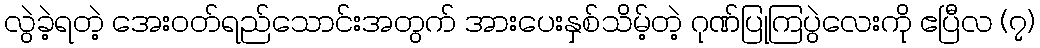
လွဲခဲ့ရတဲ့ အေးဝတ်ရည်သောင်းအတွက် အားပေးနှစ်သိမ့်တဲ့ ဂုဏ်ပြုကြပွဲလေးကို ဧပြီလ (၇)